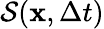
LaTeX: \mathcal{S}(\mathbf{x},\Delta t)